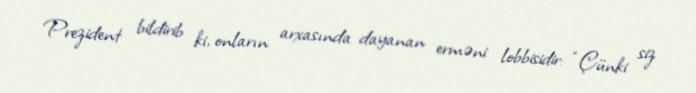
Prezident bildirib ki, onların arxasında dayanan erməni lobbisidir: “Çünki siz